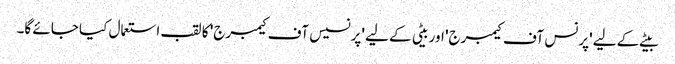
بیٹے کے لیے 'پرنس آف کیمبرج' اور بیٹی کے لیے 'پرنسیس آف کیمبرج' کا لقب استعمال کیا جائے گا۔